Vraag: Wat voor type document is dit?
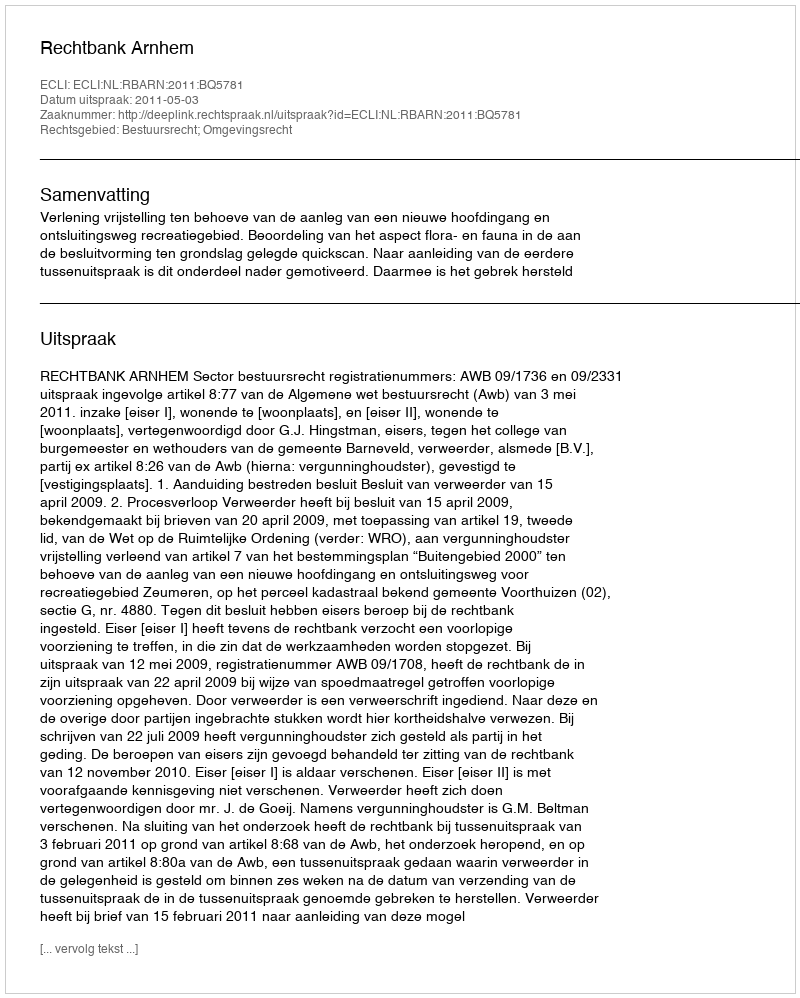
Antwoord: Uitspraak